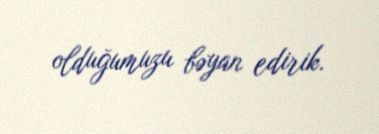
olduğumuzu bəyan edirik.